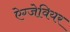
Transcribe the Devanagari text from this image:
ऐग्जेवियर